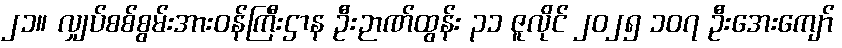
၂၁။ လျှပ်စစ်စွမ်းအားဝန်ကြီးဌာန ဦးဉာဏ်ထွန်း ၃၁ ဇူလိုင် ၂၀၂၅ ၁၀၇ ဦးအေးကျော်